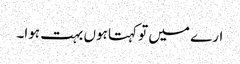
ارے میں تو کہتا ہوں بہت ہوا۔